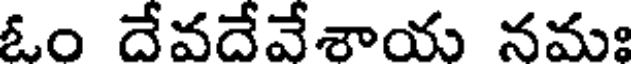
ఓం దేవదేవేశాయ నమః